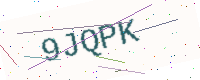
Text: 9JQPK